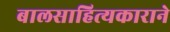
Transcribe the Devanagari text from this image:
बालसाहित्यकाराने